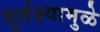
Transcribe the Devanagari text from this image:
दुर्लक्ष्यामुळे